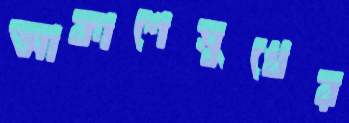
আকাশেসুখের